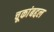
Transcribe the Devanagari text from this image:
चूकांबद्दल